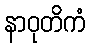
နာဝုတိကံ